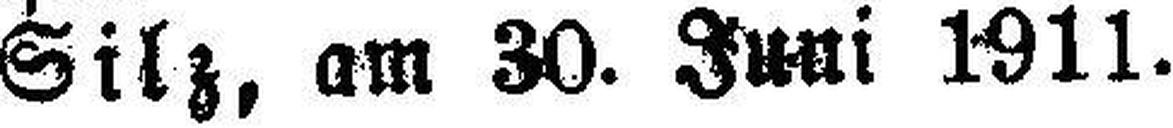
Silz, am 30. Juni 1911.